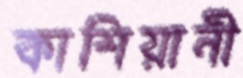
কাশিয়ানী